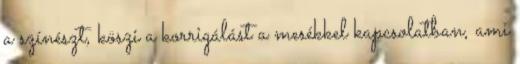
a színészt, köszi a korrigálást a mesékkel kapcsolatban, ami